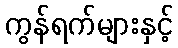
ကွန်ရက်များနှင့်